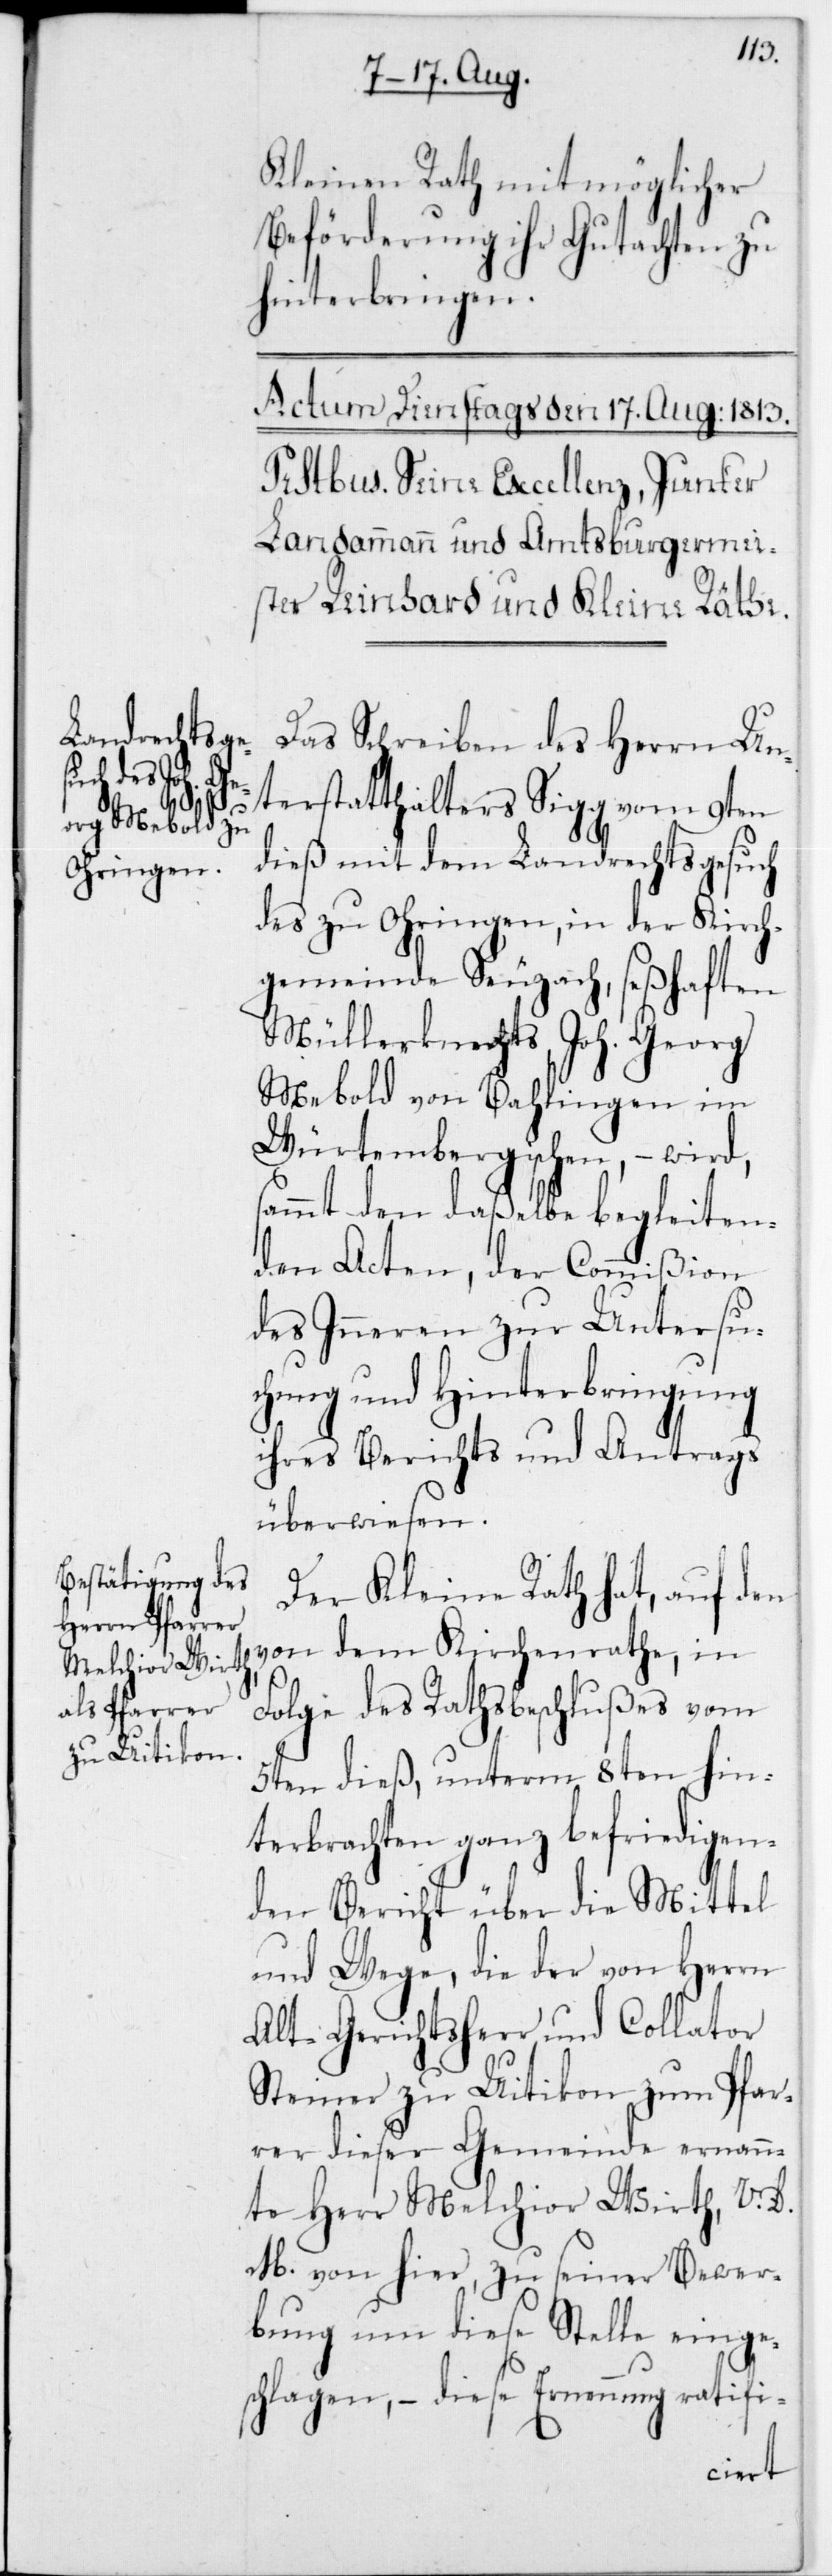
s¬

Kleinen Rath mit möglicher
Beförderung ihr Gutachten zu
hinterbringen.
Das Schreiben des Herrn Un¬
terstatthalters Sigg vom 9ten
dieß mit dem Landrechtsgesuch
des zu Ohringen, in der Kirch¬
gesmeinde Seuzach, seßhaften
Müllerknechts Joh. Georg
Mebold von Bahlingen im
Würtembergischen, – wird
ammt den daßelbe begleiten¬
den Acten, der Commißion
des Inneren zur Untersu¬
chung und Hinterbringung
ihres Berichts und Antrags
überwiesen.
Der Kleine Rath hat, auf den
von dem Kirchenrathe, in
Folge des Ratsbeschlußes vom
5ten dieß, unterm 8ten hin¬
terbrachten ganz befriedigen¬
den Bericht über die Mittel
und Wege, die der von Herrn
Alt-Gerichtsherr und Collator
Steiner zu Uitikon zum Pfar¬
rer dieser Gemeinde ernann¬
te Herr Melchior Wirth, V.
M., von hier, zu seiner Bewer¬
bung um diese Stelle einge¬
schlagen, – diese Ernennung ratifi-